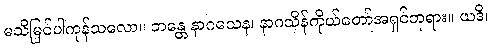
မသိမြင်ပါကုန်သလော။ ဘန္တေ နာဂသေန၊ နာဂသိန်ကိုယ်တော်အရှင်ဘုရား။ ယဒိ၊